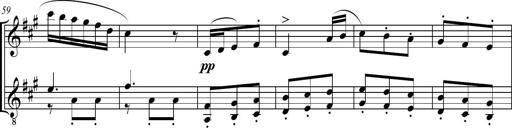
Title: Sonatine bureaucratique
Composer: Erik Satie